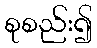
စုစည်း၍